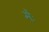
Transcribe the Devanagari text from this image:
मेंः